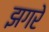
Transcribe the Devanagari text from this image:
झगरे